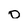
Character: o